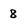
Character: 8